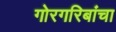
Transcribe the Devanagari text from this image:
गोरगरिबांचा